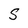
Character: S